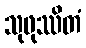
သုဖုဿိတံ